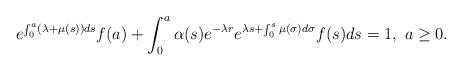
LaTeX: \begin{align*} e^{\int_0^a(\lambda+\mu(s))ds}f(a)+\int_0^a\alpha(s)e^{-\lambda r}e^{\lambda s+\int_0^s\mu(\sigma)d\sigma}f(s)ds=1, \ a\geq 0.\end{align*}